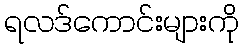
ရလဒ်ကောင်းများကို